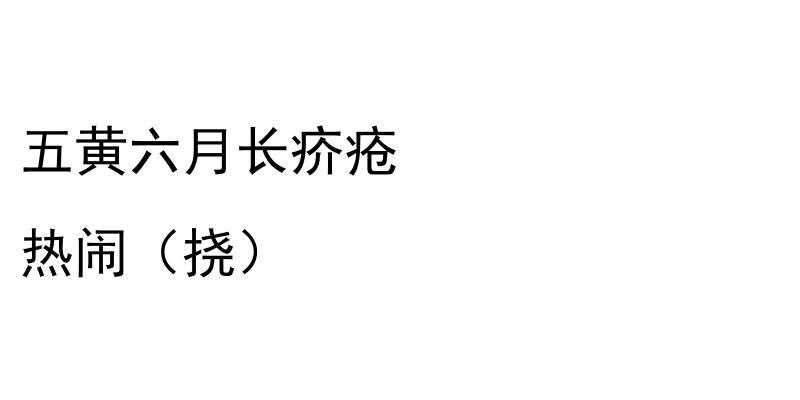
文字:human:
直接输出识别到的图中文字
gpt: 五黄六月长疥疮 热闹（挠）